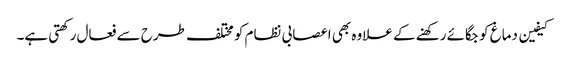
کیفین دماغ کو جگائے رکھنے کے علاوہ بھی اعصابی نظام کو مختلف طرح سے فعال رکھتی ہے۔